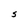
Character: S